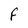
Character: F